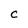
Character: C